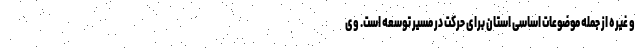
و غیره از جمله موضوعات اساسی استان برای حرکت در مسیر توسعه است. وی